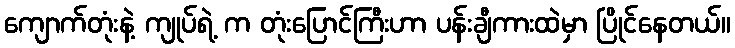
ကျောက်တုံးနဲ့ ကျုပ်ရဲ့ က တုံးပြောင်ကြီးဟာ ပန်းချီကားထဲမှာ ပြိုင်နေတယ်။